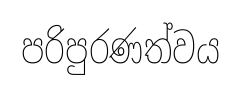
පරිපුරණත්වය